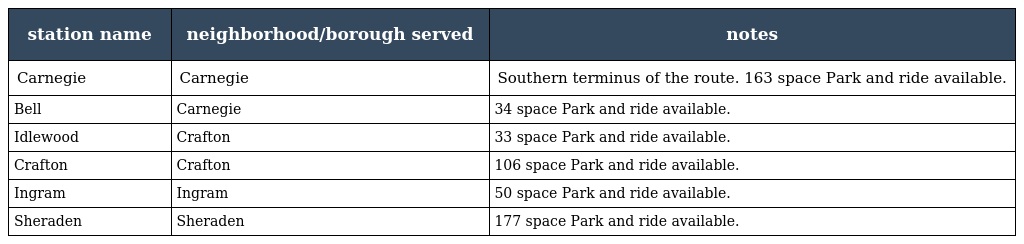
| station name | neighborhood/borough served | notes |
 | --- | --- | --- |
 | Carnegie | Carnegie | Southern terminus of the route. 163 space Park and ride available. |
 | Bell | Carnegie | 34 space Park and ride available. |
 | Idlewood | Crafton | 33 space Park and ride available. |
 | Crafton | Crafton | 106 space Park and ride available. |
 | Ingram | Ingram | 50 space Park and ride available. |
 | Sheraden | Sheraden | 177 space Park and ride available. |